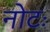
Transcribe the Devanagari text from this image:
नोटः